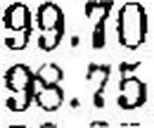
98.75